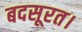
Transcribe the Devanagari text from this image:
बदसूरत।